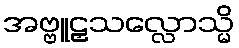
အဗ္ဗူဠှသလ္လောသ္မိ